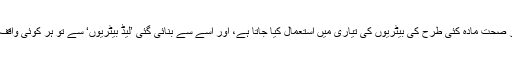
: یہ مضر صحت مادہ کئی طرح کی بیٹریوں کی تیاری میں استعمال کیا جاتا ہے، اور اسے سے بنائی گئی ’لَیڈ بیٹریوں‘ سے تو ہر کوئی واقف ہوتا ہے۔